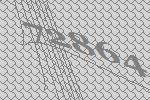
72864